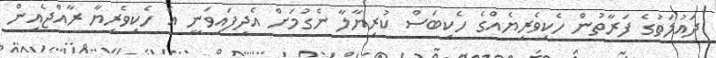
ދައުލަތުގެ ފަރާތުން ހެކިވެރިޔެއްގެ ހެކިބަސް ކުރިޔާލާ ނެގުމަށް އެދިފައިވަނީ އެ ހެކިވެރިޔާ ރާއްޖެއިން